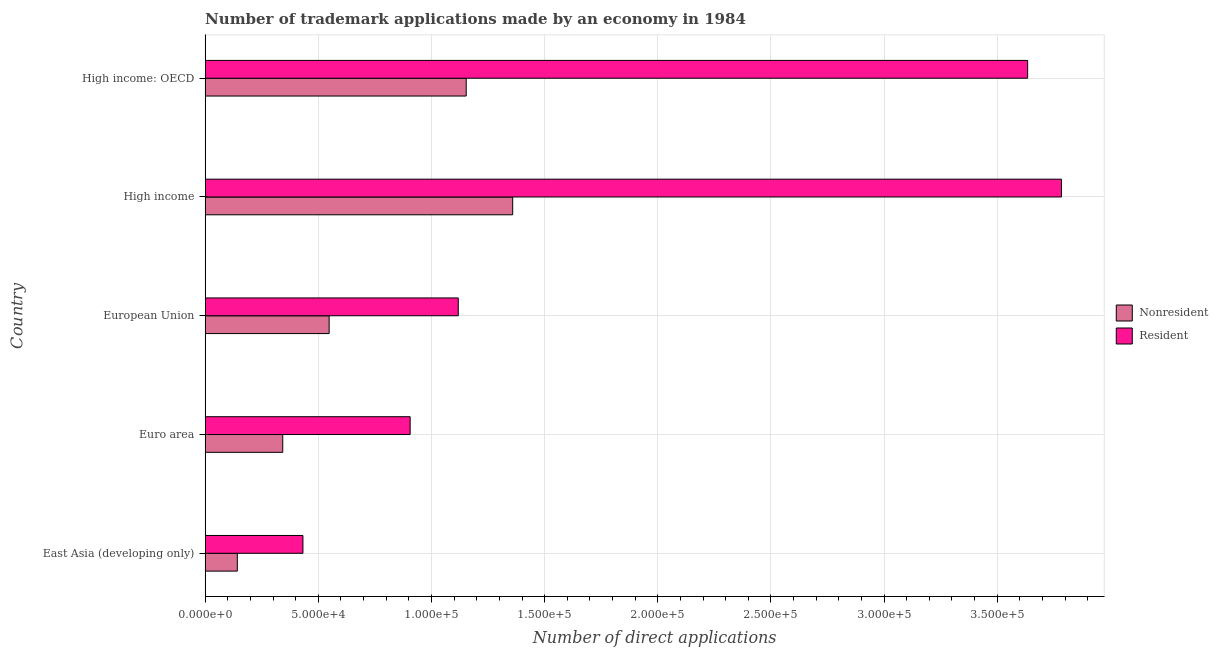
| Country | Nonresident | Resident |
 | --- | --- | --- |
 | East Asia (developing only) | 1.42e+04 | 4.32e+04 |
 | Euro area | 3.43e+04 | 9.06e+04 |
 | European Union | 5.48e+04 | 1.12e+05 |
 | High income | 1.36e+05 | 3.78e+05 |
 | High income: OECD | 1.15e+05 | 3.63e+05 |